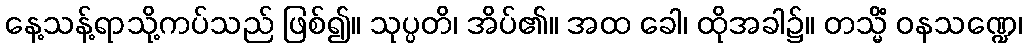
နေ့သန့်ရာသို့ကပ်သည် ဖြစ်၍။ သုပ္ပတိ၊ အိပ်၏။ အထ ခေါ၊ ထိုအခါ၌။ တသ္မိံ ဝနသဏ္ဍေ၊